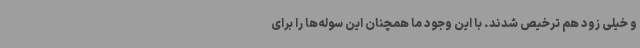
و خیلی زود هم ترخیص شدند. با این وجود ما همچنان این سوله‌ها را برای